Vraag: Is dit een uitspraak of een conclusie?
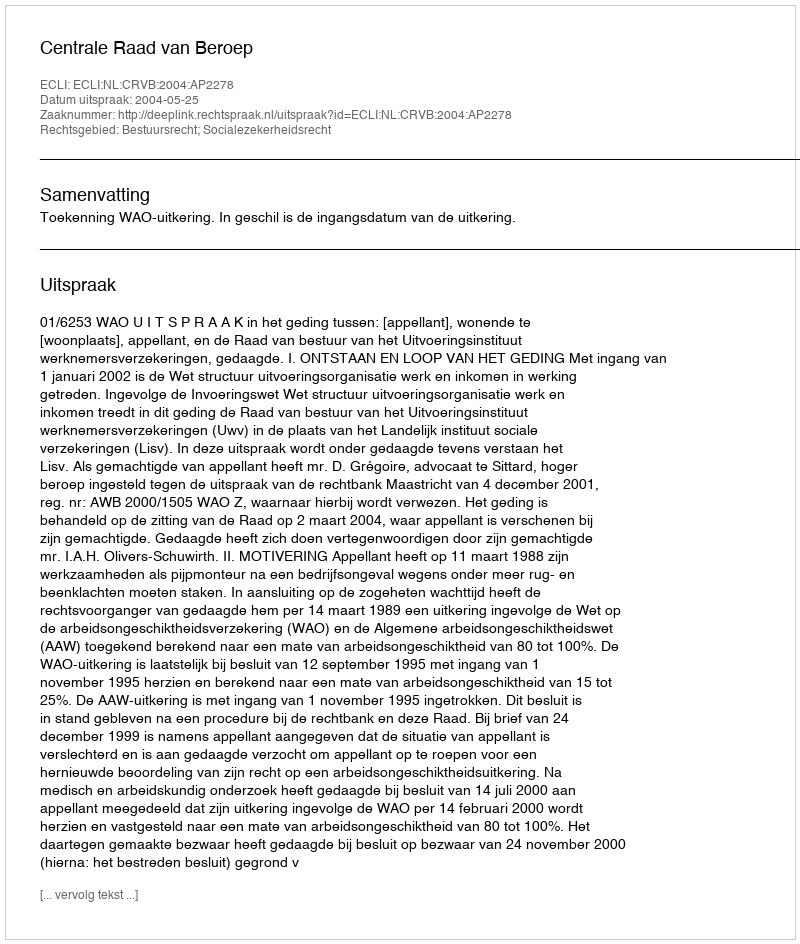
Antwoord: Uitspraak